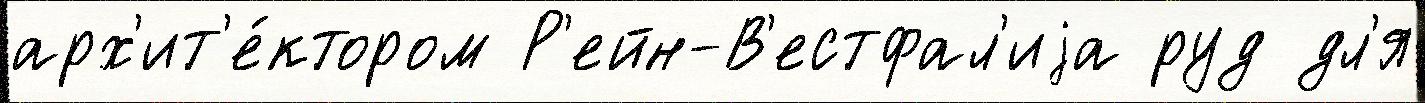
арх'ит'е́ктором Р'ейн-В'естфал'иjа руд дл'я